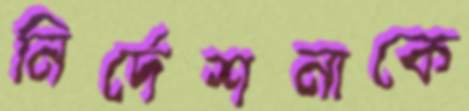
নির্দেশনাকে